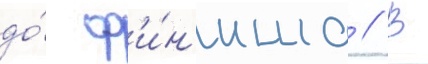
до́ ф'и́н'иша // В